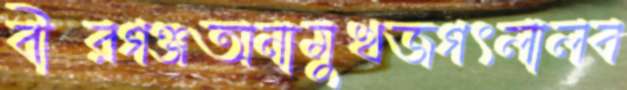
বীরগঞ্জঅনামুখজগৎলালব